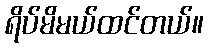
ရိပ်မိမယ်ထင်တယ်။